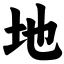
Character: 地